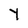
Character: Y